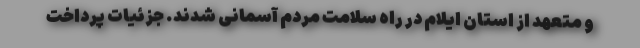
و متعهد از استان ایلام در راه سلامت مردم آسمانی شدند. جزئیات پرداخت